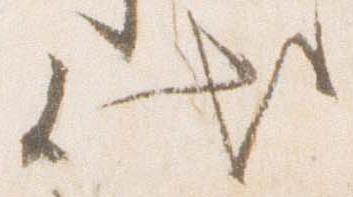
代